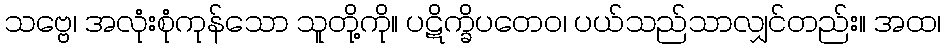
သဗ္ဗေ၊ အလုံးစုံကုန်သော သူတို့ကို။ ပဋိက္ခိပတေဝ၊ ပယ်သည်သာလျှင်တည်း။ အထ၊